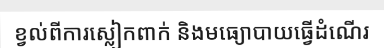
ខ្វល់ពីការស្លៀកពាក់ និងមធ្យោបាយធ្វើដំណើរ